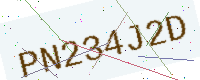
Text: PN234J2D